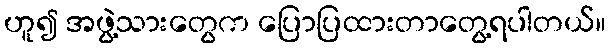
ဟူ၍ အဖွဲ့သားတွေက ပြောပြထားတာတွေ့ရပါတယ်။